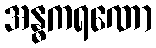
အန္ဓကရဏော